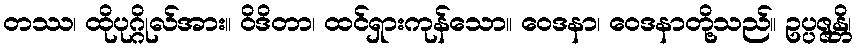
တဿ၊ ထိုပုဂ္ဂိုလ်အား။ ဝိဒိတာ၊ ထင်ရှားကုန်သော။ ဝေဒနာ၊ ဝေဒနာတို့သည်။ ဥပ္ပဇ္ဇန္တိ၊